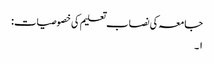
جامعہ کی نصاب تعلیم کی خصوصیات:
۱۔